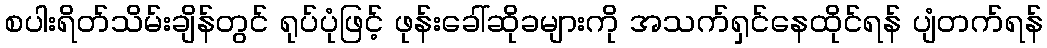
စပါးရိတ်သိမ်းချိန်တွင် ရုပ်ပုံဖြင့် ဖုန်းခေါ်ဆိုခများကို အသက်ရှင်နေထိုင်ရန် ပျံတက်ရန်